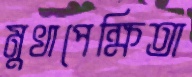
মুখাপেক্ষিতা